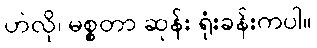
ဟဲလို၊ မစ္စတာ ဆုန်း ရုံးခန်းကပါ။